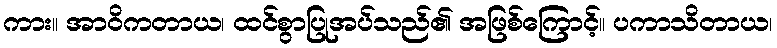
ကား။ အာဝိကတာယ၊ ထင်စွာပြုအပ်သည်၏ အဖြစ်ကြောင့်။ ပကာသိတာယ၊